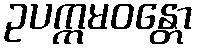
ဥပက္ကမဝန္တော